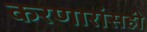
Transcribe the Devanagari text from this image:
करणारांसही